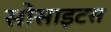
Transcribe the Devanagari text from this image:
सोसाइटस